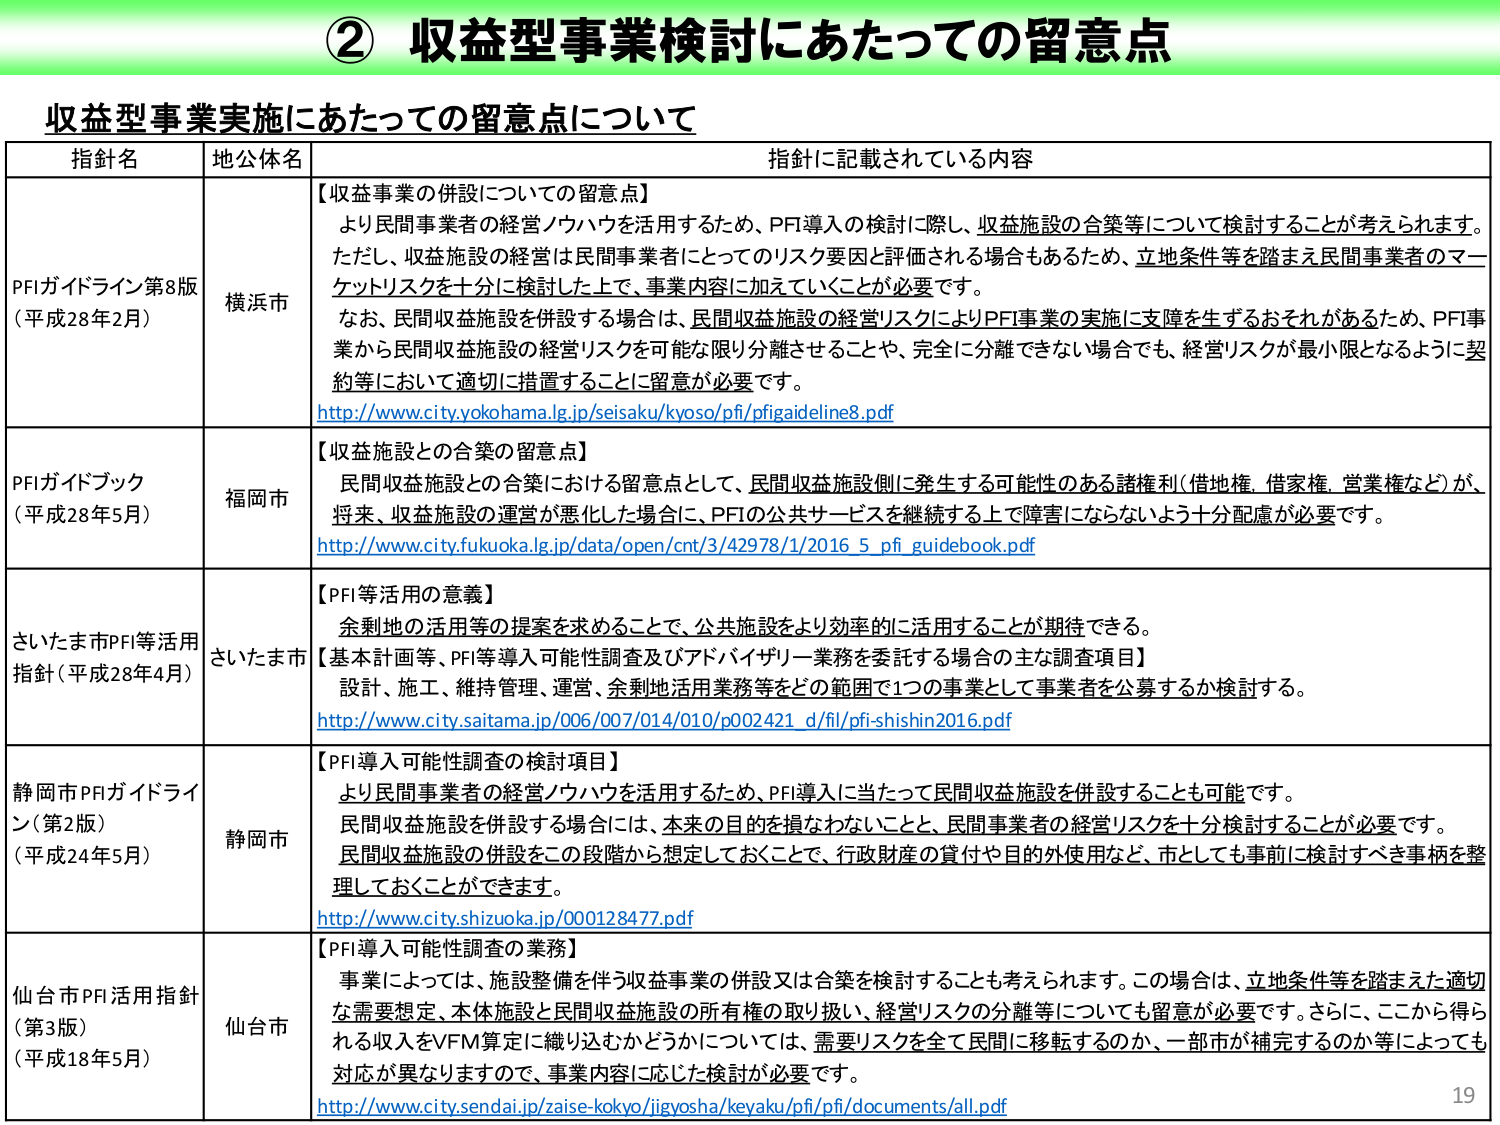
② 収益型事業検討にあたっての留意点

収益型事業実施にあたっての留意点について

指針名　　　　　地公体名　　　　　指針に記載されている内容

PFIガイドライン第8版
（平成28年2月）　横浜市　　　　　【収益事業の併設についての留意点】
　　　　　　　　　　　　　　　　より民間事業者の経営ノウハウを活用するため、PFI導入の検討に際し、収益施設の合築等について検討することが考えられます。
　　　　　　　　　　　　　　　　ただし、収益施設の経営は民間事業者にとってのリスク要因と評価される場合もあるため、立地条件等を踏まえ民間事業者のマーケットリスクを十分に検討した上で、事業内容に加えていくことが必要です。
　　　　　　　　　　　　　　　　なお、民間収益施設を併設する場合は、民間収益施設の経営リスクによりPFI事業の実施に支障を生ずるおそれがあるため、PFI事業から民間収益施設の経営リスクを可能な限り分離させることや、完全に分離できない場合でも、経営リスクが最小限となるように契約等において適切に措置することに留意が必要です。
　　　　　　　　　　　　　　　　http://www.city.yokohama.lg.jp/seisaku/kyoso/pfi/pfiguideline8.pdf

PFIガイドブック
（平成28年5月）　福岡市　　　　　【収益施設との合築の留意点】
　　　　　　　　　　　　　　　　民間収益施設との合築における留意点として、民間収益施設側に発生する可能性のある諸権利（借地権、借家権、営業権など）が、将来、収益施設の運営が悪化した場合に、PFIの公共サービスを継続する上で障害にならないよう十分配慮が必要です。
　　　　　　　　　　　　　　　　http://www.city.fukuoka.lg.jp/data/open/cnt/3/42978/1/2016_5_pfi_guidebook.pdf

さいたま市PFI等活用
指針（平成28年4月）　さいたま市　　【PFI等活用の意義】
　　　　　　　　　　　　　　　　余剰地の活用等の提案を求めることで、公共施設をより効率的に活用することが期待できる。
　　　　　　　　　　　　　　　　【基本計画等、PFI等導入可能性調査及びアドバイザリー業務を委託する場合の主な調査項目】
　　　　　　　　　　　　　　　　設計、施工、維持管理、運営、余剰地活用業務等をどの範囲で1つの事業として事業者を公募するか検討する。
　　　　　　　　　　　　　　　　http://www.city.saitama.jp/006/007/014/010/p002421_d/fil/pfi-shishin2016.pdf

静岡市PFIガイドライン（第2版）
（平成24年5月）　静岡市　　　　　【PFI導入可能性調査の検討項目】
　　　　　　　　　　　　　　　　より民間事業者の経営ノウハウを活用するため、PFI導入に当たって民間収益施設を併設することも可能です。
　　　　　　　　　　　　　　　　民間収益施設を併設する場合には、本来の目的を損なわないことと、民間事業者の経営リスクを十分検討することが必要です。
　　　　　　　　　　　　　　　　民間収益施設の併設をこの段階から想定しておくことで、行政財産の貸付や目的外使用など、市としても事前に検討すべき事柄を整理しておくことができます。
　　　　　　　　　　　　　　　　http://www.city.shizuoka.jp/000128477.pdf

仙台市PFI活用指針
（第3版）
（平成18年5月）　仙台市　　　　　【PFI導入可能性調査の業務】
　　　　　　　　　　　　　　　　事業によっては、施設整備を伴う収益事業の併設又は合築を検討することも考えられます。この場合は、立地条件等を踏まえた適切な需要想定、本体施設と民間収益施設の所有権の取り扱い、経営リスクの分離等についても留意が必要です。さらに、ここから得られる収入をVFM算定に織り込むかどうかについては、需要リスクを全て民間に移転するのか、一部市が補完するのか等によっても対応が異なりますので、事業内容に応じた検討が必要です。
　　　　　　　　　　　　　　　　http://www.city.sendai.jp/zaise-kokyo/jigyosha/keiyaku/pfi/pfi/documents/all.pdf

19